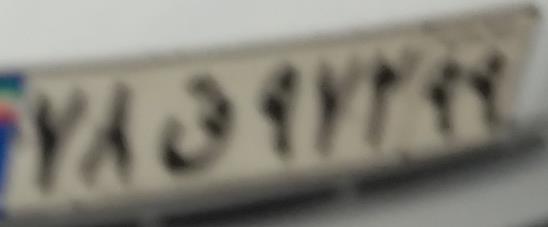
۷۸ق۹۷۲۹۹